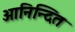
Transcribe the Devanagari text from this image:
आनिन्दित